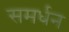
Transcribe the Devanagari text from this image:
समर्धन